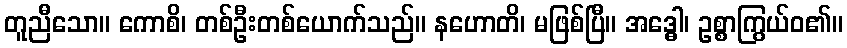
တူညီသော။ ကောစိ၊ တစ်ဦးတစ်ယောက်သည်။ နဟောတိ၊ မဖြစ်ပြီ။ အဒ္ဓေါ၊ ဥစ္စာကြွယ်ဝ၏။